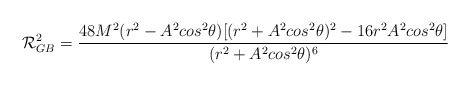
\begin{align*}{\cal{R}}^2 _{GB} = {\frac{48M^2(r^2-A^2{cos}^2\theta)[(r^2+A^2{cos}^2\theta)^2-16r^2A^2{cos}^2\theta]}{(r^2+A^2{cos}^2\theta)^6}}\\\end{align*}